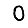
Digit: 0